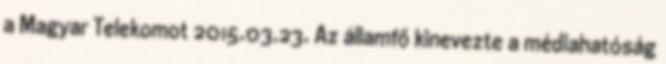
a Magyar Telekomot 2015.03.23. Az államfő kinevezte a médiahatóság